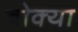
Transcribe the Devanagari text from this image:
बोक्‍या